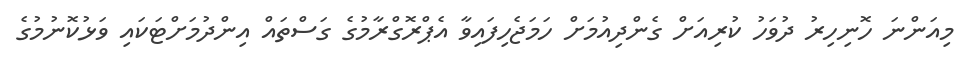
މިއަންނަ ހޮނިހިރު ދުވަހު ކުރިއަށް ގެންދިއުމަށް ހަމަޖެހިފައިވާ އެޕްރޮގްރާމުގެ ގަސްތައް އިންދުމަށްޓަކައި ވަޅުކޮނުމުގެ